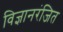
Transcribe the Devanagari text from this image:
विज्ञानरंजित